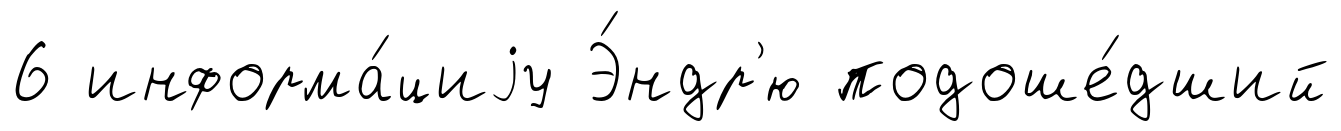
6 информа́циjу Э́ндр'ю подоше́дший